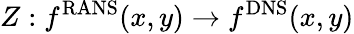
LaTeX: Z:f^{\mathrm{RANS}}(x,y)\rightarrow f^{\mathrm{DNS}}(x,y)